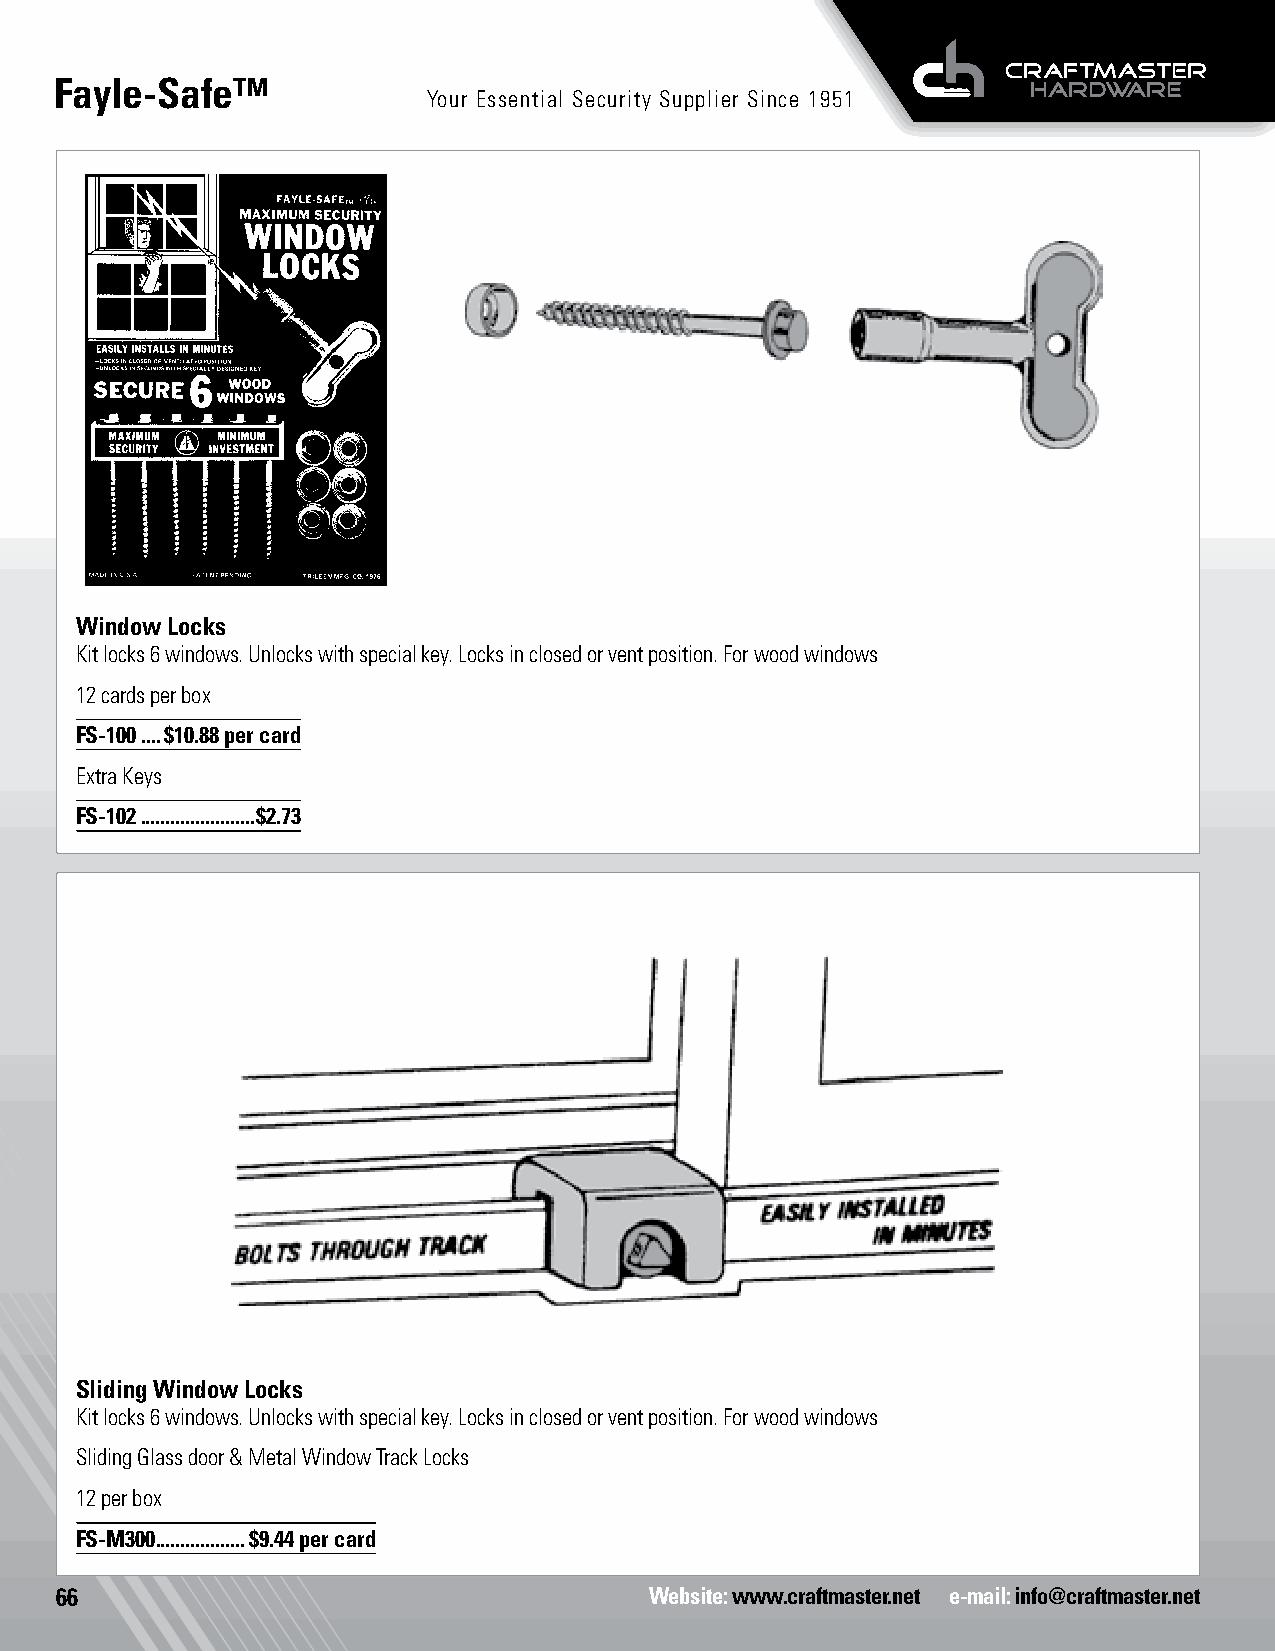
Fayle-Safe™
 Your Essential Security Supplier Since 1951
 Window Locks
 Kit locks 6 windows. Unlocks with special key. Locks in closed or vent position. For wood windows
 12 cards per box
 FS-100 ....$10.88 per card
 Extra Keys
 FS-102 .......................$2.73
 Sliding Window Locks
 Kit locks 6 windows. Unlocks with special key. Locks in closed or vent position. For wood windows
 Sliding Glass door & Metal Window Track Locks
 12 per box
 FS-M300 ..................$9.44 per card
 66                                     Website: www.craftmaster.net e-mail: info@craftmaster.net